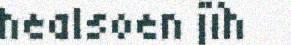
healsoen jïh